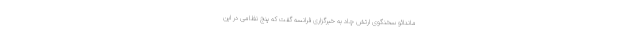
ماندائو سخنگوی ارتش چاد به خبرگزاری فرانسه گفت که پنج نظامی در این